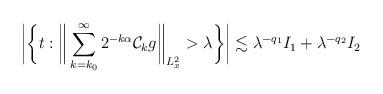
LaTeX: \begin{align*}\bigg|\bigg\{t: \bigg\|\sum_{k=k_0}^\infty 2^{- k\alpha} \mathcal{C}_k g\bigg\|_{L^2_x} >\lambda\bigg\}\bigg| \lesssim \lambda^{-q_1} I_1 + \lambda^{-q_2} I_2\end{align*}